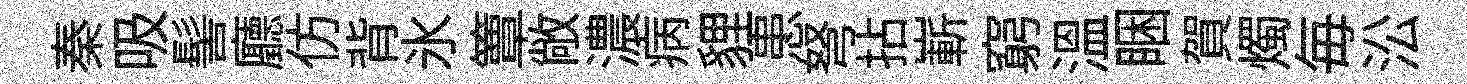
秦吸髻廳仿背氷簟敞濃病貍患弩拈嶄窮温睏賀燭毎㳂